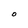
Character: o